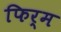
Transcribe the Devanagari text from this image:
फिर्म